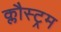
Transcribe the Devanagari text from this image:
क्लौस्ट्रम